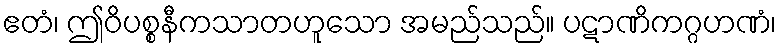
ဧတံ၊ ဤဝိပစ္စနီကသာတဟူသော အမည်သည်။ ပဋာဏိကဂ္ဂဟဏံ၊